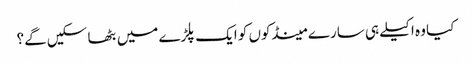
کیا وہ اکیلے ہی سارے مینڈکوں کو ایک پلڑے میں بٹھا سکیں گے؟